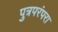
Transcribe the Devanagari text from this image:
पुत्रपरंपरा